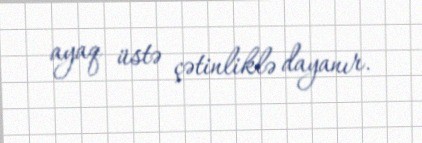
ayaq üstə çətinliklə dayanır.